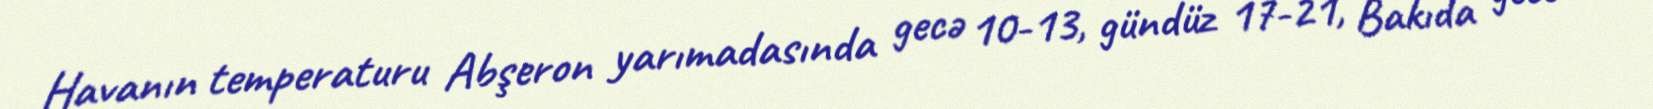
Havanın temperaturu Abşeron yarımadasında gecə 10-13, gündüz 17-21, Bakıda gecə